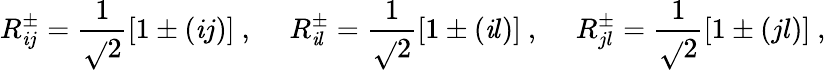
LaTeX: R_{\mathit{i}j}^{\pm}=\frac{{1}}{{\sqrt{}{{2}}}}[1\pm(\mathit{i}j)]~,~~~~~R_{\mathit{i}l}^{\pm}=\frac{{1}}{{\sqrt{}{{2}}}}[1\pm(\mathit{i}l)]~,~~~~~R_{jl}^{\pm}=\frac{{1}}{{\sqrt{}{{2}}}}[1\pm(jl)]~,